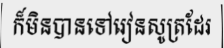
ក៏មិនបានទៅរៀនសូត្រដែរ